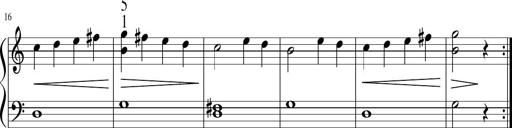
Title: 6 Instructive Sonatinas
Composer: Jacob Schmitt